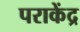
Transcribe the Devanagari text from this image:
पराकेंद्र